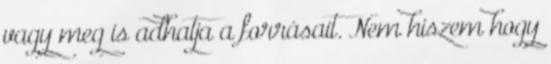
vagy meg is adhatja a forrásait. Nem hiszem hogy